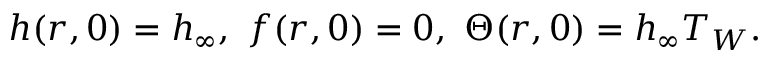
h ( r , 0 ) = h _ { \infty } , \ f ( r , 0 ) = 0 , \ \Theta ( r , 0 ) = h _ { \infty } T _ { W } .